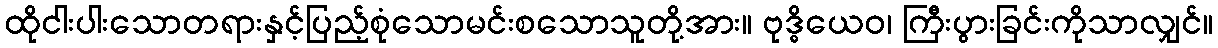
ထိုငါးပါးသောတရားနှင့်ပြည့်စုံသောမင်းစသောသူတို့အား။ ဗုဒ္ဓိယေဝ၊ ကြီးပွားခြင်းကိုသာလျှင်။